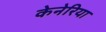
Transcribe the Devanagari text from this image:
केनेरिया